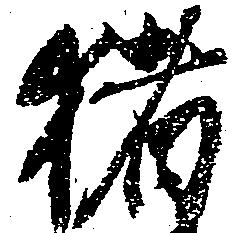
猪